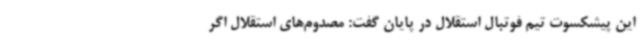
این پیشکسوت تیم فوتبال استقلال در پایان گفت: مصدوم‌های استقلال اگر